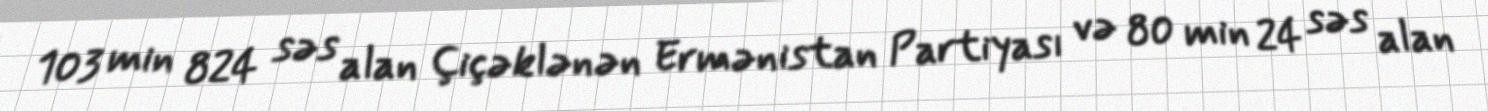
103 min 824 səs alan Çiçəklənən Ermənistan Partiyası və 80 min 24 səs alan